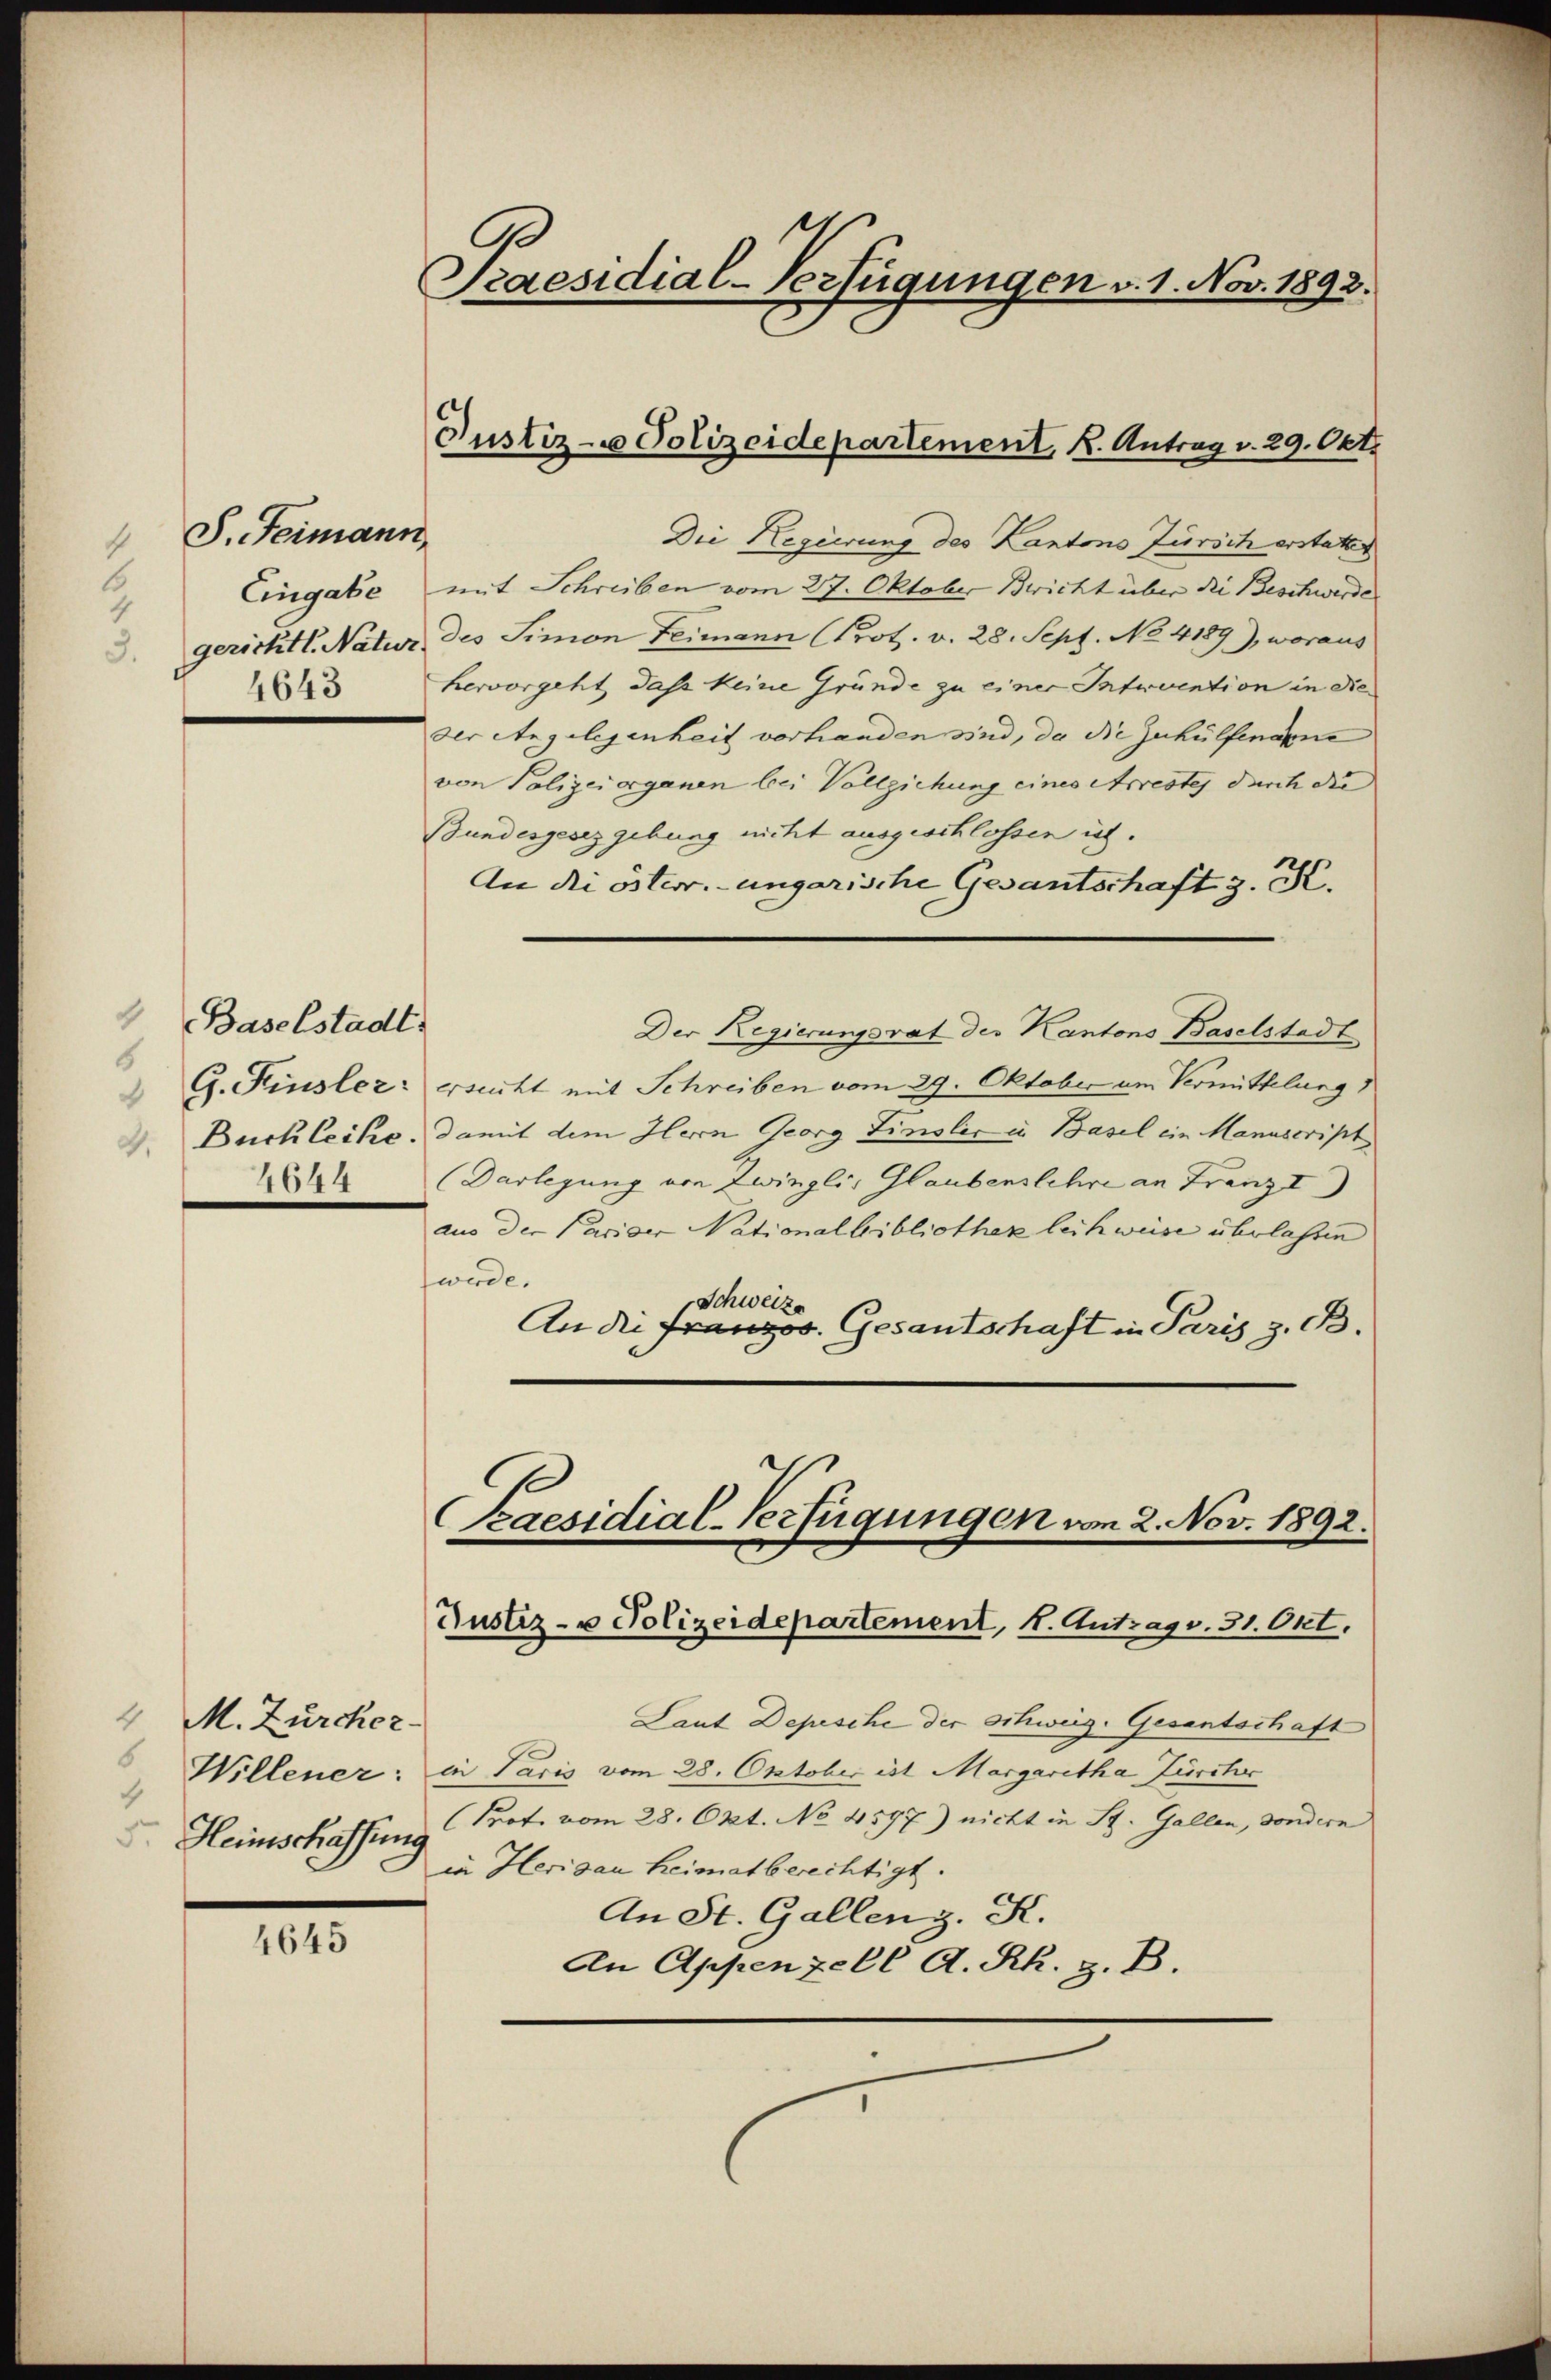
S. Feimann
4
Eingabe
4643

Baselstadt
6
4.
4644

4645

4 M. Zürcher-
4
I. Heimschaffung

B
Praesidial-Verfügungen v. 1. Nov. 1892.

Die Regierung des Kantons Zürich erstatten
mit Schreiben vom 27. Oktober Bricht über die Beschwerde
gerichtl. Natur des Simon Heimann (Prot. v. 28. Sept. No. 4189), woraus
hervorgeht dass keine Gründe zu einer Intrvention in dieder Angelegenheit vorhanden sind, da die Zuhülfenanne
von Polizeiorganen bei Vollziehung eines Arrestes durch die
Bundesgesez gebung nicht ausgeschlossen ich.
An die österr.-ungarische Gesantschaft z. K.
Der Regierungsrat der Kantons Baselstadt
 G. Finsler ersucht mit Schreiben vom 29. Oktober um Vermittelung
Bucklecke, damit dem Hern Georg Finsler in Basel ein Manuscript
(Darlegung von Zwingli, Glaubenslehre an Franzi)
aus der Pariser Nationalbibliothek leihweise überlaßen
werde.
Schweize
An die Franzos. Gesantschaft in Paris z. B.

Justiz- Polizeidepartement, K. Antrag v. 29. Okt.

Laut Depesche der schweig. Gesantschaft
Willener: in Paris vom 28. Oktober ist Margaretha Zürche
(Prot. vom 28. Okt. No. 4597) nicht in St. Gallen, sondern
in Herisau heimatberechtigt.
An St. Gallen z. K.
An Appenzell A. Rh. z. B.

Praesidial-Verfügungen vom 2. Nov. 1892.
Rustiz- u Polizeidepartement, 4. Antrag v. 31. Okt.